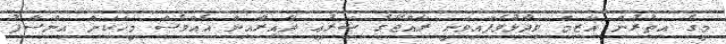
މީގެ އިތުރުން އާޒިމް ވިދާޅުވެފައިވަނީ ރާއްޖޭގެ ޝަރުޢީ ދާއިރާއިން އެއްވެސް މީހަކަށް އިންސާފު